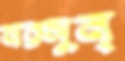
নরসুন্